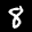
Label: 8